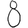
Digit: 8